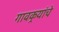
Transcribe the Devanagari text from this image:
गावकर्‍यांचे